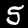
Digit: 5